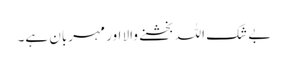
بے شک اللہ بخشنے والا اور مہربان ہے۔